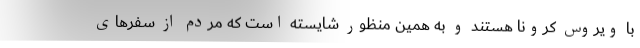
با ویروس کرونا هستند و به همین منظور شایسته است که مردم از سفرهای